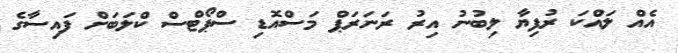
އެއް ލައްކަ ރުފިޔާ ލިބުނު އިރު ރަނަރަޕް މަސްއޮޑި ސްޕޯޓްސް ކްލަބަށް ފައިސާގެ